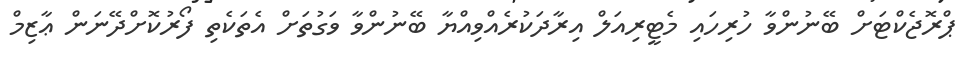
ޕްރޮޖެކްޓަށް ބޭނުންވާ ހުރިހައި މެޓީރިއަލް އިރާދަކުރެއްވިއްޔާ ބޭނުންވާ ވަގުތަށް އެތަކެތި ފޯރުކޮށްދޭނަން ޢާޒިމް